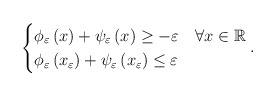
\begin{align*}\begin{cases}\phi_\varepsilon\left(x\right)+\psi_\varepsilon \left(x\right)\geq-\varepsilon & \forall x\in\mathbb{R}\\\phi_\varepsilon\left(x_{\varepsilon}\right)+\psi_\varepsilon \left(x_{\varepsilon}\right)\leq\varepsilon\end{cases}.\end{align*}